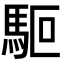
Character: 𩢘